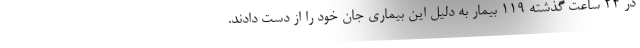
در ۲۴ ساعت گذشته ۱۱۹ بیمار به دلیل این بیماری جان خود را از دست دادند.